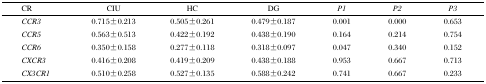
| CR | CIU | HC | DG | PI | P2 | P3 |
 | --- | --- | --- | --- | --- | --- | --- |
 | CCR3 | 0.715±0.213 | 0.505±0.261 | 0.479±0.187 | 0.001 | 0.000 | 0.653 |
 | CCR5 | 0.563±0.513 | 0.422±0.192 | 0.438±0.190 | 0.164 | 0.214 | 0.754 |
 | CCR6 | 0.350±0.158 | 0.277±0.118 | 0.318±0.097 | 0.047 | 0.340 | 0.152 |
 | CXCR3 | 0.416±0.208 | 0.419±0.209 | 0.438±0.188 | 0.953 | 0.667 | 0.713 |
 | CX3CR1 | 0.510±0.258 | 0.527±0.135 | 0.588±0.242 | 0.741 | 0.667 | 0.233 |